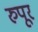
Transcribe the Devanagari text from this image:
रुपूर